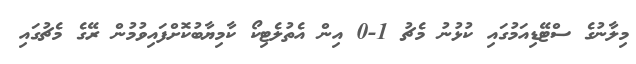
މިލާނުގެ ސްޓޭޑިއަމުގައި ކުޅުނު މެޗު 1-0 އިން އެތުލެޓިކޯ ކާމިޔާބުކޮށްފައިވުމުން ރޭގެ މެޗުގައި